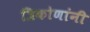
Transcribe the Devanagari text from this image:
त्रिकोणांनी